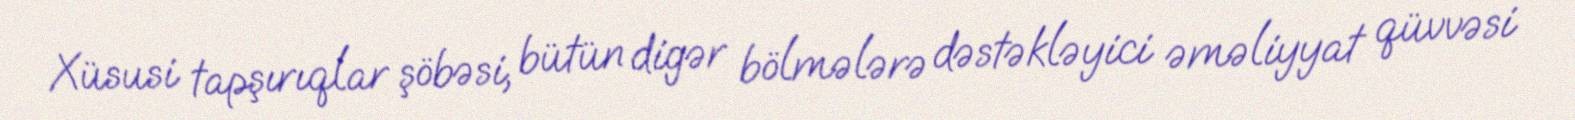
Xüsusi tapşırıqlar şöbəsi, bütün digər bölmələrə dəstəkləyici əməliyyat qüvvəsi